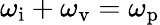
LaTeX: \omega_{\mathrm{i}}+\omega_{\mathrm{v}}=\omega_{\mathrm{p}}